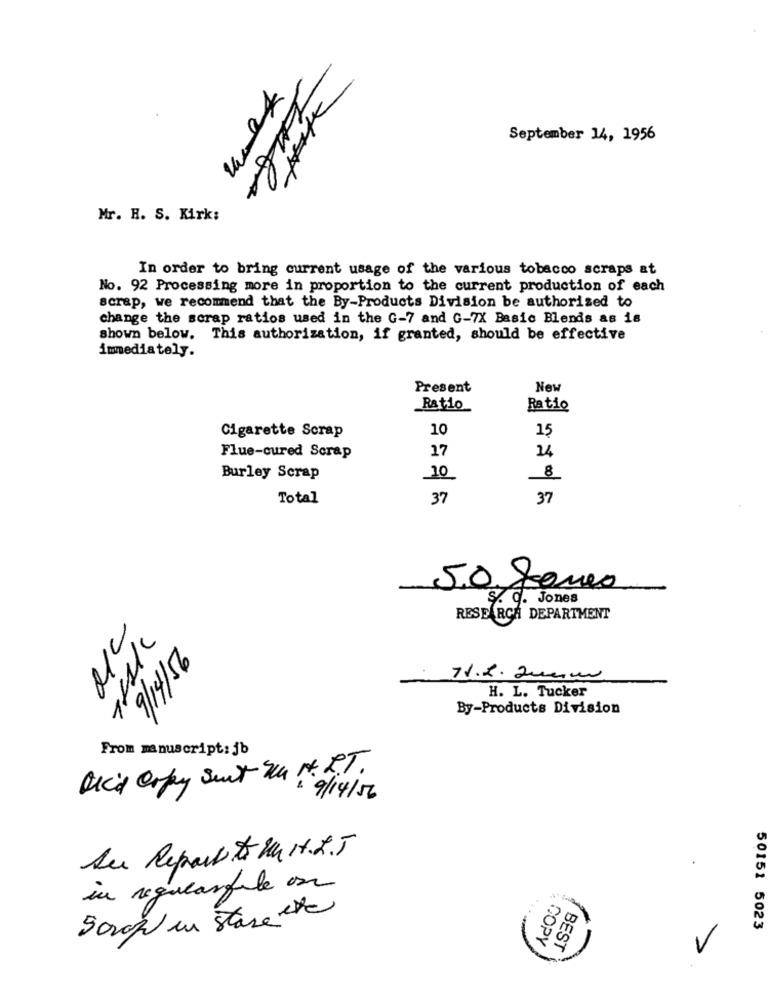
September 14, 1956
EnGA
Mr. H. S. Kirk:
In order to bring current usage of the various tobacco scraps at
No. 92 Processing more in proportion to the current production of each
scrap, we recommend that the By-Products Division be authorized to
change the scrap ratios used in the G-7 and G-7X Basic Blends as 18
shown below. This authorization, if granted, should be effective
immediately.
Present
New
Ratio
Ratio
10
15
Cigarette Scrap
Flue-cured Scrap
17
14
8
Burley Scrap
10
Total
37
37
5.0 gomes
S. C. Jones
RESEARCH DEPARTMENT
71.2. 200mm
H. L. Tucker
25/16
By-Products Division
From manuscript: jb
Dic'd erpy Seit Sem N. E.T.
1 9/14 /56
Au Repair to Hu H. R.J
in regularfile ou
Scrap in stare the
50151 5023
COPY
BEST
V